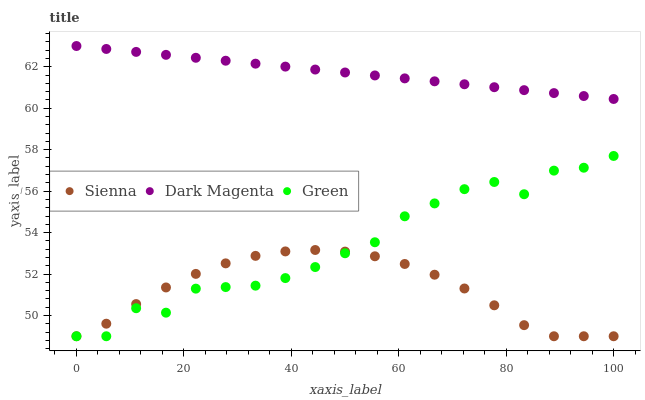
| xaxis_label | Sienna | Dark Magenta | Green |
 | --- | --- | --- | --- |
 | 0 | 49 | 63 | 49 |
 | 5.56 | 49.6 | 62.9 | 49 |
 | 11.1 | 50.6 | 62.7 | 50.4 |
 | 16.7 | 51.4 | 62.6 | 50.1 |
 | 22.2 | 52 | 62.4 | 51.3 |
 | 27.8 | 52.5 | 62.3 | 51.4 |
 | 33.3 | 52.9 | 62.1 | 51.4 |
 | 38.9 | 53.1 | 62 | 51.8 |
 | 44.4 | 53.2 | 61.9 | 52.3 |
 | 50 | 53.1 | 61.7 | 53 |
 | 55.6 | 52.9 | 61.6 | 53.5 |
 | 61.1 | 52.5 | 61.4 | 54.8 |
 | 66.7 | 52 | 61.3 | 55.4 |
 | 72.2 | 51.3 | 61.2 | 56.1 |
 | 77.8 | 50.5 | 61 | 56.4 |
 | 83.3 | 49.5 | 60.9 | 55.9 |
 | 88.9 | 49 | 60.7 | 57 |
 | 94.4 | 49 | 60.6 | 57.1 |
 | 100 | 49 | 60.4 | 57.7 |